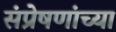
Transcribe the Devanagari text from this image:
संप्रेषणांच्या